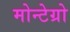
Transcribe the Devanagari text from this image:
मोन्टेग्रो